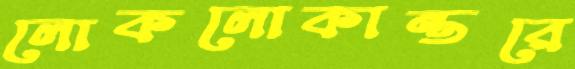
লোকলোকান্তরে